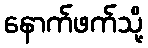
နောက်ဖက်သို့